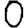
Digit: 0